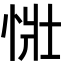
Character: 𢙳